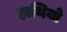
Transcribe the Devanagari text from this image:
हाथियो